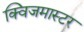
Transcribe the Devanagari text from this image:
क्विजमास्टर